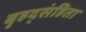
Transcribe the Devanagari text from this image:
बृहद्संहिता